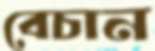
বেচান